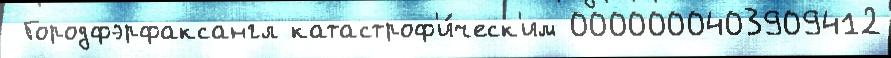
 Городфэрфаксангл катастроф'и́ческ'им 0000000403909412